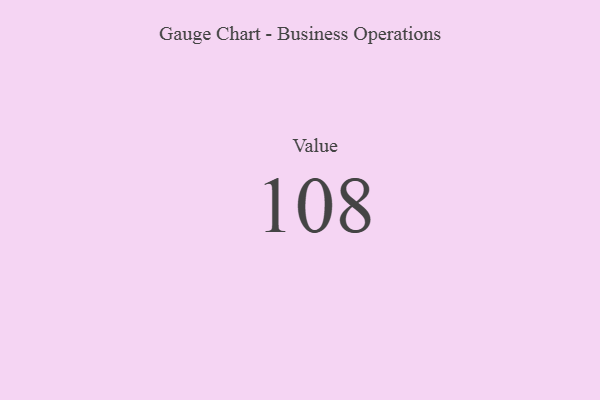
{"axis": {"x": "Metric", "y": "Value"}, "legend": [""], "data": [{"x": "Value", "y": 108, "type": ""}]}